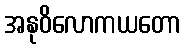
အနုဝိလောကယတော